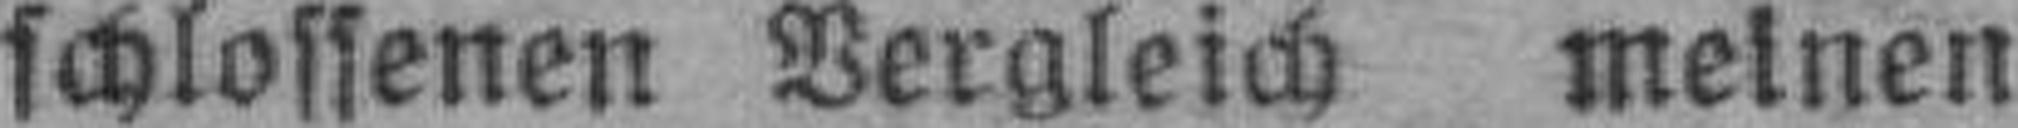
schlossenen Vergleich meinen